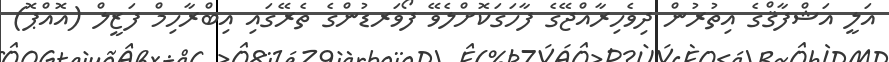
އަލީ އަޝްފާޤްގެ އިތުރުން ދިވެހިރާއްޖޭގެ ފާހަގަކޮށްލެވޭ ފޯވަރޑުންގެ ތެރޭގައި އިބްރާހިމް ފަޒީލް (އޮއްޕޮ)